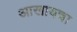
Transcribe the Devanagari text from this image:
आखायचा